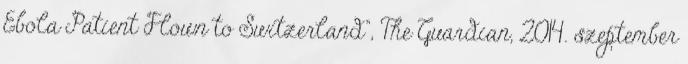
Ebola Patient Flown to Switzerland”, The Guardian, 2014. szeptember